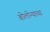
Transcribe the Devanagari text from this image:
बोलोन्याच्या